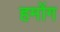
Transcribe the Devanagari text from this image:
हमोंग